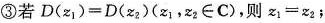
③若$$D(z_{1}) = D( z_{2} )(z_{1}，z_{2}∈C) $$，则$$z_ {1} = z_{2}$$；